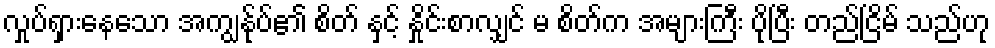
လှုပ်ရှားနေသော အကျွန်ုပ်၏ စိတ် နှင့် နှိုင်းစာလျှင် မ စိတ်က အများကြီး ပိုပြီး တည်ငြိမ် သည်ဟု